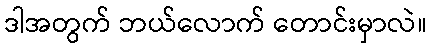
ဒါအတွက် ဘယ်လောက် တောင်းမှာလဲ။